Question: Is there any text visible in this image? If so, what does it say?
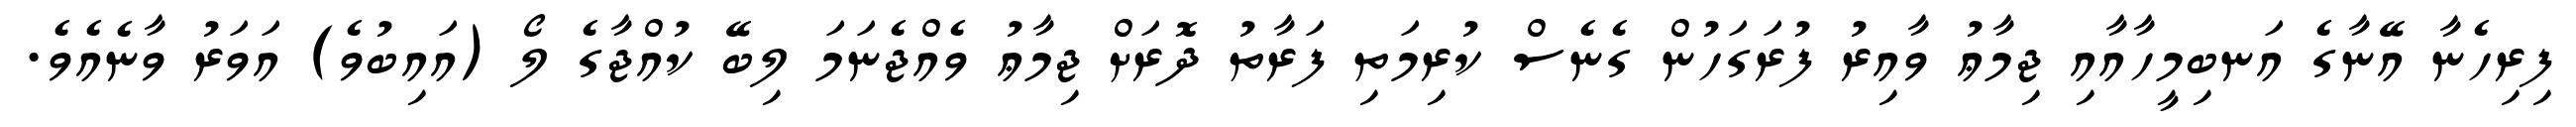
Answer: ފިރިހެނާ އޭނާގެ އަނބިމީހާއާއި ޖިމާޢު ވާއިރު ފުރަގަހުން ގެނެސް ކުރިމަތި ފަރާތު ދޮރަށް ޖިމާޢު ވެއްޖެނަމަ ލިބޭ ކުއްޖާގެ ލޯ (އައިބުވެ) އަވަރު ވާނެއެވެ.